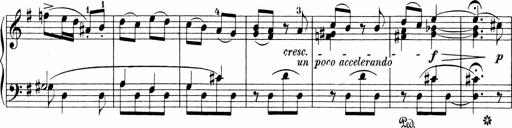
Title: Sonatinen Op.47, 98 und 136, nebst 6 Liedersonatinen
Composer: Carl Reinecke